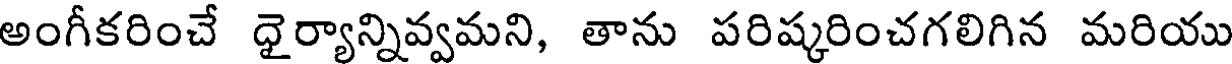
అంగీకరించే ధైర్యాన్నివ్వమని, తాను పరిష్కరించగలిగిన మరియు